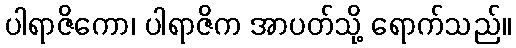
ပါရာဇိကော၊ ပါရာဇိက အာပတ်သို့ ရောက်သည်။